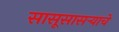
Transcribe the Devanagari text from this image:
सासूसासऱ्याचे